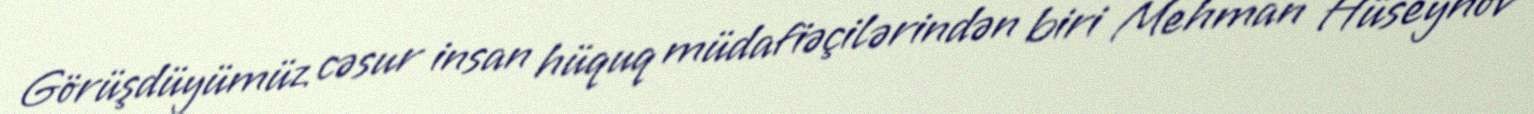
Görüşdüyümüz cəsur insan hüquq müdafiəçilərindən biri Mehman Hüseynov